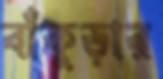
বাঁকুড়ার